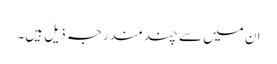
ان میں سے چند مندرجہ ذیل ہیں۔